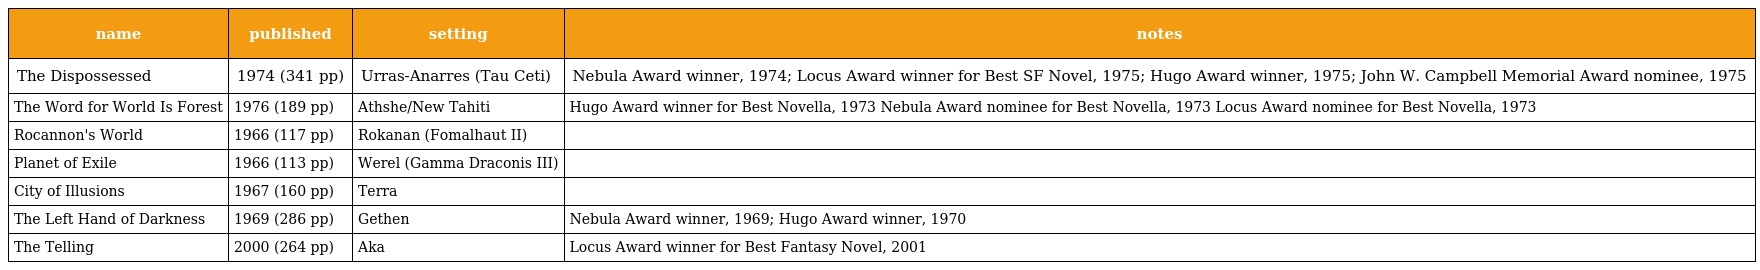
| name | published | setting | notes |
 | --- | --- | --- | --- |
 | The Dispossessed | 1974 (341 pp) | Urras-Anarres (Tau Ceti) | Nebula Award winner, 1974; Locus Award winner for Best SF Novel, 1975; Hugo Award winner, 1975; John W. Campbell Memorial Award nominee, 1975 |
 | The Word for World Is Forest | 1976 (189 pp) | Athshe/New Tahiti | Hugo Award winner for Best Novella, 1973 Nebula Award nominee for Best Novella, 1973 Locus Award nominee for Best Novella, 1973 |
 | Rocannon's World | 1966 (117 pp) | Rokanan (Fomalhaut II) |  |
 | Planet of Exile | 1966 (113 pp) | Werel (Gamma Draconis III) |  |
 | City of Illusions | 1967 (160 pp) | Terra |  |
 | The Left Hand of Darkness | 1969 (286 pp) | Gethen | Nebula Award winner, 1969; Hugo Award winner, 1970 |
 | The Telling | 2000 (264 pp) | Aka | Locus Award winner for Best Fantasy Novel, 2001 |